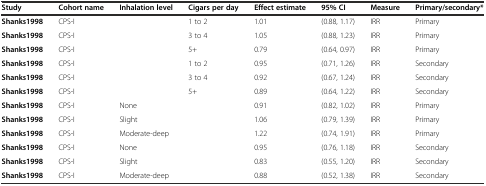
<table><thead><tr><td><b>Study</b></td><td><b>Cohort name</b></td><td><b>Inhalation level</b></td><td><b>Cigars per day</b></td><td><b>Effect estimate</b></td><td><b>95% CI</b></td><td><b>Measure</b></td><td><b>Primary/secondary*</b></td></tr></thead><tbody><tr><td><b>Shanks1998</b></td><td>CPS-I</td><td></td><td>1 to 2</td><td>1.01</td><td>(0.88, 1.17)</td><td>IRR</td><td>Primary</td></tr><tr><td><b>Shanks1998</b></td><td>CPS-I</td><td></td><td>3 to 4</td><td>1.05</td><td>(0.88, 1.23)</td><td>IRR</td><td>Primary</td></tr><tr><td><b>Shanks1998</b></td><td>CPS-I</td><td></td><td>5+</td><td>0.79</td><td>(0.64, 0.97)</td><td>IRR</td><td>Primary</td></tr><tr><td><b>Shanks1998</b></td><td>CPS-I</td><td></td><td>1 to 2</td><td>0.95</td><td>(0.71, 1.26)</td><td>IRR</td><td>Secondary</td></tr><tr><td><b>Shanks1998</b></td><td>CPS-I</td><td></td><td>3 to 4</td><td>0.92</td><td>(0.67, 1.24)</td><td>IRR</td><td>Secondary</td></tr><tr><td><b>Shanks1998</b></td><td>CPS-I</td><td></td><td>5+</td><td>0.89</td><td>(0.64, 1.22)</td><td>IRR</td><td>Secondary</td></tr><tr><td><b>Shanks1998</b></td><td>CPS-I</td><td>None</td><td></td><td>0.91</td><td>(0.82, 1.02)</td><td>IRR</td><td>Primary</td></tr><tr><td><b>Shanks1998</b></td><td>CPS-I</td><td>Slight</td><td></td><td>1.06</td><td>(0.79, 1.39)</td><td>IRR</td><td>Primary</td></tr><tr><td><b>Shanks1998</b></td><td>CPS-I</td><td>Moderate-deep</td><td></td><td>1.22</td><td>(0.74, 1.91)</td><td>IRR</td><td>Primary</td></tr><tr><td><b>Shanks1998</b></td><td>CPS-I</td><td>None</td><td></td><td>0.95</td><td>(0.76, 1.18)</td><td>IRR</td><td>Secondary</td></tr><tr><td><b>Shanks1998</b></td><td>CPS-I</td><td>Slight</td><td></td><td>0.83</td><td>(0.55, 1.20)</td><td>IRR</td><td>Secondary</td></tr><tr><td><b>Shanks1998</b></td><td>CPS-I</td><td>Moderate-deep</td><td></td><td>0.88</td><td>(0.52, 1.38)</td><td>IRR</td><td>Secondary</td></tr></tbody></table>